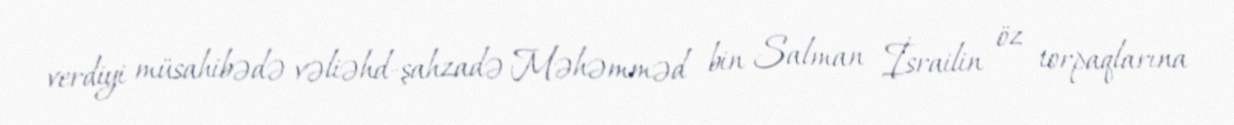
verdiyi müsahibədə vəliəhd-şahzadə Məhəmməd bin Salman İsrailin öz torpaqlarına